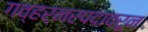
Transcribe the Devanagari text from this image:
गव्हर्नरपदावरून